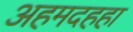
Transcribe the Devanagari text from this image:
अहमदहहा